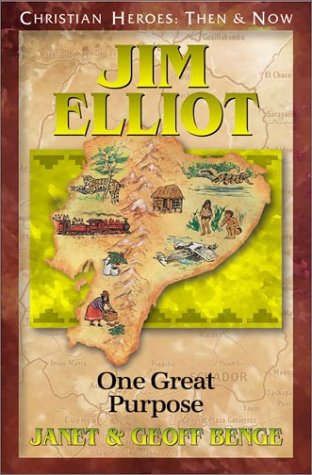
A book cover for Jim Elliot: One Great Purpose (Christian Heroes: Then & Now); Janet Benge; Christian Books & Bibles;